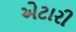
એટારી